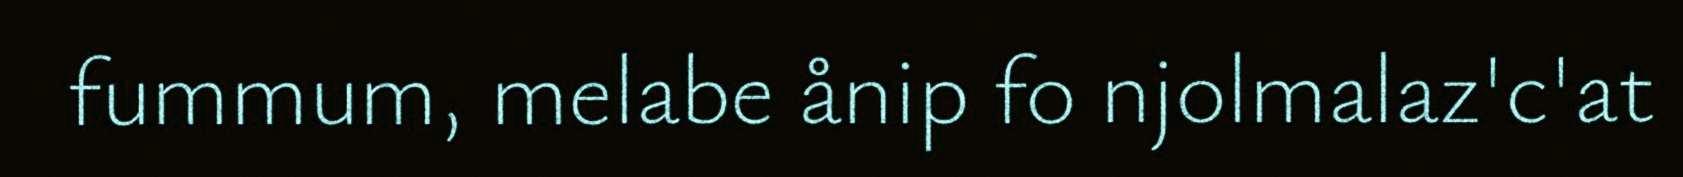
fummum, melabe ånip fo njolmalaz'c'at